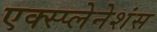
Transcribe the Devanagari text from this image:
एक्स्प्लेनेशंस